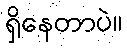
ရှိနေတာပဲ။